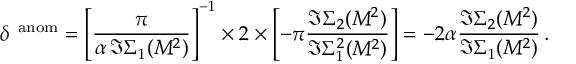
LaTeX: \delta ^ { \, \mathrm { \scriptsize ~ a n o m } } = \left[ \frac { \pi } { \alpha \, \Im \Sigma _ { 1 } ( M ^ { 2 } ) } \right] ^ { - 1 } \times 2 \times \left[ - \pi \frac { \Im \Sigma _ { 2 } ( M ^ { 2 } ) } { \Im \Sigma _ { 1 } ^ { 2 } ( M ^ { 2 } ) } \right] = - 2 \alpha \frac { \Im \Sigma _ { 2 } ( M ^ { 2 } ) } { \Im \Sigma _ { 1 } ( M ^ { 2 } ) } \, .